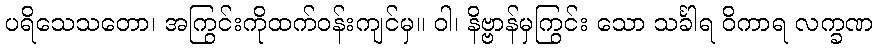
ပရိသေသတော၊ အကြွင်းကိုထက်ဝန်းကျင်မှ။ ဝါ၊ နိဗ္ဗာန်မှကြွင်း သော သင်္ခါရ ဝိကာရ လက္ခဏ